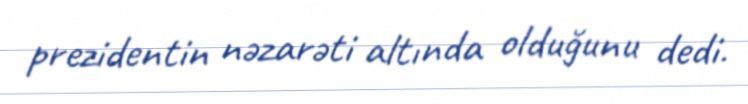
prezidentin nəzarəti altında olduğunu dedi.